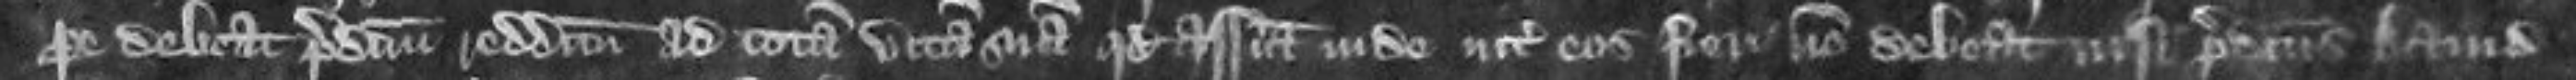
pere debeat predictum redditum ad totam vitam suam quod assisa inde inter eos fieri non debeat nisi predictus David